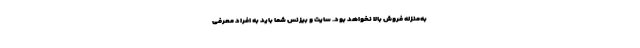
به‌منزله فروش بالا نخواهد بود. سایت و بیزنس شما باید به افراد معرفی